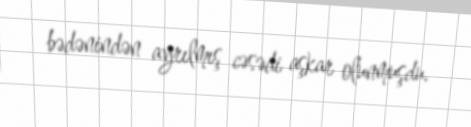
bədənindən ayrılmış cəsədi aşkar olunmuşdu.